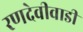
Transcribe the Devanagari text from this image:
रणदेवीवाडी